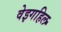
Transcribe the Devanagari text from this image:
वेइगहिल